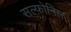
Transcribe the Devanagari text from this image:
सल्फ़ोनिल